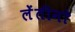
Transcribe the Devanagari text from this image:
लेंतीनो